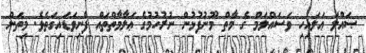
ޞައްލަ ޢަލައިހި ވަސައްލަމް ގެ މާތް މޫނުފުޅުން ނުރުހުމުގެ ޢަލާމާތްތައް ފެނިވަޑައިގަތެވެ. މިތަން